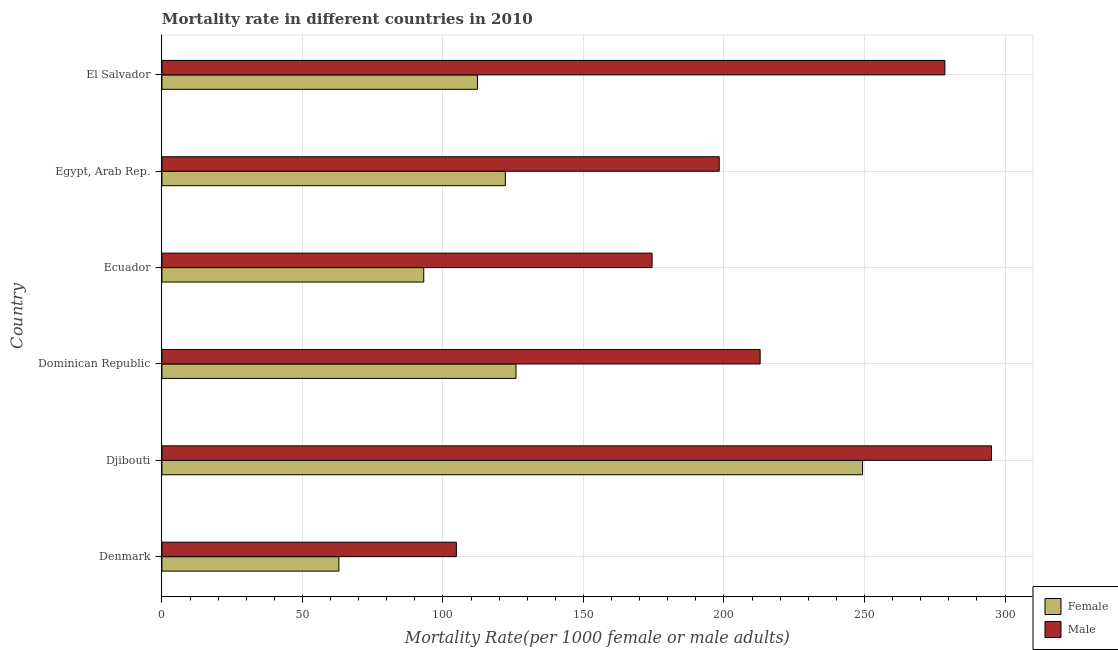
| Country | Female | Male |
 | --- | --- | --- |
 | Denmark | 63 | 105 |
 | Djibouti | 249 | 295 |
 | Dominican Republic | 126 | 213 |
 | Ecuador | 93.2 | 174 |
 | Egypt, Arab Rep. | 122 | 198 |
 | El Salvador | 112 | 279 |